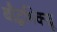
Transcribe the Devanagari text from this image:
बौद्धभिक्खू